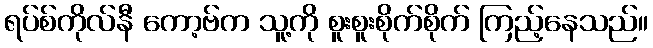
ရပ်စ်ကိုလ်နီ ကော့ဗ်က သူ့ကို စူးစူးစိုက်စိုက် ကြည့်နေသည်။